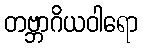
တဗ္ဘာဂိယဝါရော